Indian journal of veterinary science and animal husbandry - Volumes 15-17, 1948-1951
Year: 1948
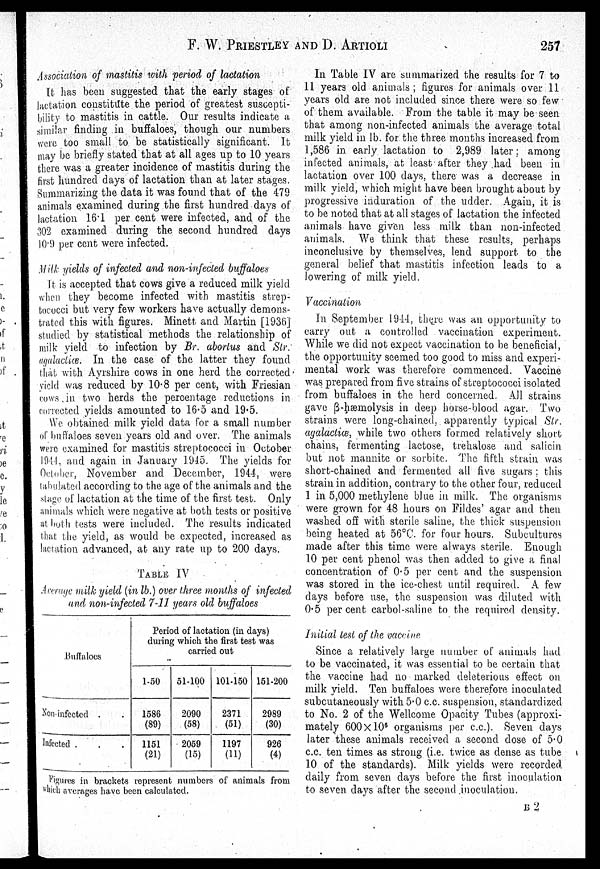
F. W.
PRIESTLEY
AND
D.
ARTIOLI
257
Association of mastitis with period of lactation
It has been suggested that the early stages of
lactation, constitute the period of greatest suscepti
bility to mastitis in cattle. Our results indicate a
similar finding in buffaloes, though our numbers
were too small to be statistically significant. It
may be briefly stated that at all ages up to 10 years
there was a greater incidence of mastitis during the
first hundred days of lactation than at later stages.
Summarizing the data it was found that of the 479
animals examined during the first hundred days of
lactation 161 per cent were infected, and of the
302 examined during the second hundred days
10.9 per cent were infected.
Milk yields of infected and non-infected buffaloes
It is accepted that cows give a reduced milk yield
when they become infected with mastitis strep
tococci but very few workers have actually demons
trated this with figures. Minett and Martin [1936]
studied by statistical methods the relationship of
milk yield to infection by Br. abortus and Str.
agalactice. In the case of the latter they found
that with Ayrshire cows in one herd the corrected
yield was reduced by 10.8 per cent, with Friesian
cows in two herds the percentage reductions in
corrected yields amounted to 16.5 and 19.5.
We obtained milk yield data for a small number
of buffaloes seven years old. and over. The animals
were examined for mastitis streptococci in October
1944, and again in January 1945. The yields for
October, November and December, 1944, were
tabulated according to the age of the animals and the
stage of lactation at the time of the first test. Only
animals which were negative at both tests or positive
at both tests were included. The results indicated
that the yield, as would be expected, increased as
lactation advanced, at any rate up to 200 days.
TABLE IV
Average milk yield (in lb.) over three months of infected
and non-infected 7-11 years old buffaloes
Buffaloes
Non infected . .
Infected . . .
Period of lactation (in days)
during which the first test was
carried out
1-50
1586
(89)
1151
(21)
51-100
2090
(58)
2059
(15)
101-150
2371
(51)
1197
(11)
151-200
2989
(30)
926
(4)
Figures in brackets represent numbers of animals from
which averages have been calculated.
In Table IV are summarized the results for 7 to
11 years old animals; figures for animals over 11
years old are not included since there were so few
of them available. From the table it may be seen
that among non-infected animals the average total
milk yield in lb. for the three months increased from
1,586 in early lactation to 2,989 later; among
infected animals, at least after they had been in
lactation over 100 days, there was a decrease in
milk yield, which might have been brought about by
progressive induration of the udder. Again, it is
to be noted that at all stages of lactation the infected
animals have given less milk than non-infected
animals. We think that these results, perhaps
inconclusive by themselves, lend support to the
general belief that mastitis infection leads to a
lowering of milk yield.
Vaccination
In September 1944, there was an opportunity to
carry out a controlled vaccination experiment.
While we did not expect vaccination to be beneficial,
the opportunity seemed too good to miss and experi
mental work was therefore commenced. Vaccine
was prepared from five strains of streptococci isolated
from buffaloes in the herd concerned. All strains
gave β-hæmolysis in deep horse-blood agar. Two
strains were long-chained, apparently typical Str.
agalactiæ, while two others formed relatively short
chains, fermenting lactose, trehalose and salicin
but not mannite or sorbite. The fifth strain was
short-chained and fermented all five sugars; this
strain in addition, contrary to the other four, reduced
1 in 5,000 methylene blue in milk. The organisms
were grown for 48 hours on Fildes' agar and then
washed off with sterile saline, the thick suspension
being heated at 56°C. for four hours. Subcultures
made after this time were always sterile. Enough
10 per cent phenol was then added to give a final
concentration of 0.5 per cent and the suspension
was stored in the ice-chest until required. A few
days before use, the suspension was diluted with
0.5 per cent carbol-saline to the required density.
Initial test of the vaccine.
Since a relatively large number of animals had
to be vaccinated, it was essential to be certain that
the vaccine had no marked deleterious effect on
milk yield. Ten buffaloes were therefore inoculated
subcutaneously with 5.0 c.c. suspension, standardized
to No. 2 of the Wellcome Opacity Tubes (approxi-
mately 600×10 6 organisms per c.c). Seven days
later these animals received a second dose of 5.0
c.c. ten times as strong (i.e. twice as dense as tube
10 of the standards). Milk yields were recorded
daily from seven days before the first inoculation
to seven days after the second inoculation.
B 2